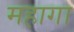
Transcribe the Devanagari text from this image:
महागा